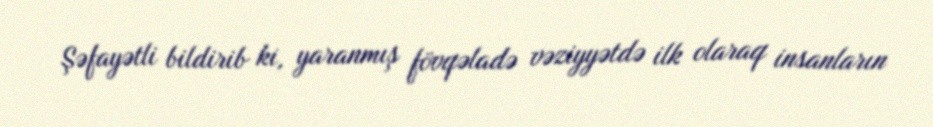
Şəfayətli bildirib ki, yaranmış fövqəladə vəziyyətdə ilk olaraq insanların